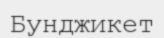
Бунджикет